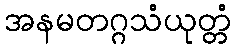
အနမတဂ္ဂသံယုတ္တံ